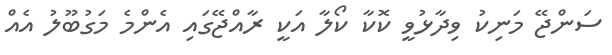
ސަންޖޭ މަނިކު ވިދާޅުވީ ކޮކާ ކޯލާ އަކީ ރާއްޖޭގައި އެންމެ މަގުބޫލު އެއް